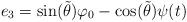
LaTeX: \begin{align*} e_3 = \sin(\tilde{\theta})\varphi_0-\cos(\tilde{\theta})\psi(t)\end{align*}